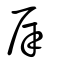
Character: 厗